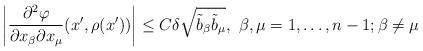
LaTeX: \begin{align*}\left|\frac{\partial^2 \varphi}{\partial x_\beta \partial x_\mu} (x', \rho (x'))\right| \leq C \delta \sqrt{\tilde{b}_\beta \tilde{b}_\mu},\ \beta, \mu = 1, \ldots, n-1; \beta \neq \mu\end{align*}